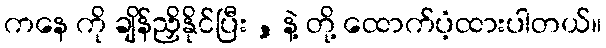
ကနေ ကို ချိန်ညှိနိုင်ပြီး , နဲ့ တို့ ထောက်ပံ့ထားပါတယ်။